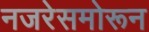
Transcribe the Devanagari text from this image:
नजरेसमोरून